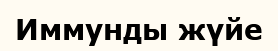
Иммунды жүйе